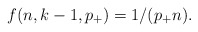
\begin{align*}f(n,k-1,p_+) = 1/(p_+ n).\end{align*}